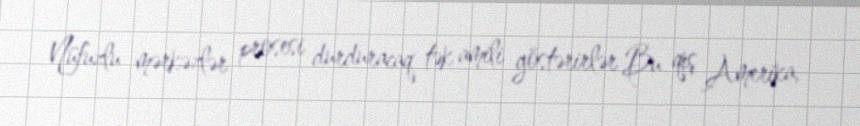
Nüfuzlu mərkəzlər prosesi durduracaq tək amili göstərirlər Bu qış Amerika,